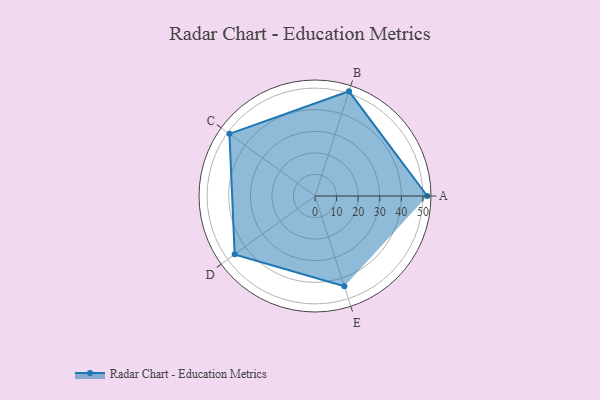
{"axis": {"x": "Skill", "y": "Score"}, "legend": ["Profile"], "data": [{"x": "A", "y": 52.0, "type": "Profile"}, {"x": "B", "y": 51.0, "type": "Profile"}, {"x": "C", "y": 49.0, "type": "Profile"}, {"x": "D", "y": 46.0, "type": "Profile"}, {"x": "E", "y": 44.0, "type": "Profile"}]}